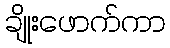
ချိုးဖောက်ကာ